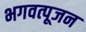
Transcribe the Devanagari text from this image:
भगवत्पूजन